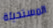
المستحيلة